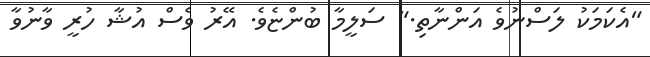
"އެކަމަކު ލަސްނުވެ އަންނާތި." ސަލީމާ ބުންޏެވެ. އޭރު ވެސް އުޝާ ހުރީ ވާނުވާ